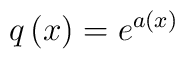
q\left( x\right) =e^{a\left( x\right) }